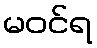
မဝင်ရ